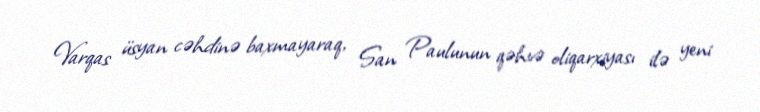
Varqas üsyan cəhdinə baxmayaraq, San Paulunun qəhvə oliqarxiyası ilə yeni